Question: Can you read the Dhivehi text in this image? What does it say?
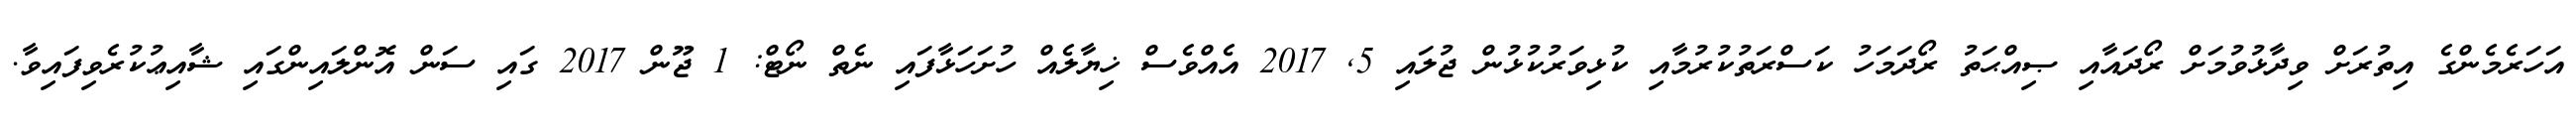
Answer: އަހަރެމެންގެ އިތުރަށް ވިދާޅުވުމަށް ރޯދައާއި ޞިއްޙަތު ރޯދަމަހު ކަސްރަތުކުރުމާއި ކުޅިވަރުކުޅުން ޖުލައި 5, 2017 އެއްވެސް ޚިޔާލެއް ހުށަހަޅާފައި ނެތް ނޯޓް: 1 ޖޫން 2017 ގައި ސަން އޮންލައިންގައި ޝާއިޢުކުރެވިފައިވާ.